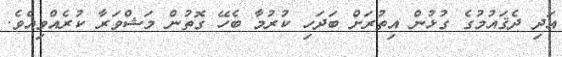
އަދި ދެޤައުމުގެ ގުޅުން އިތުރަށް ބަދަހި ކުރުމާ ބެހޭ ގޮތުން މަޝްވަރާ ކުރެއްވިއެވެ.